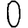
Digit: 0